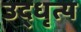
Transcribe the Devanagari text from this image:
उद्धृत्य